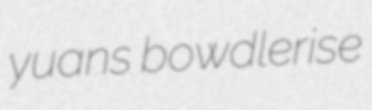
yuans bowdlerise